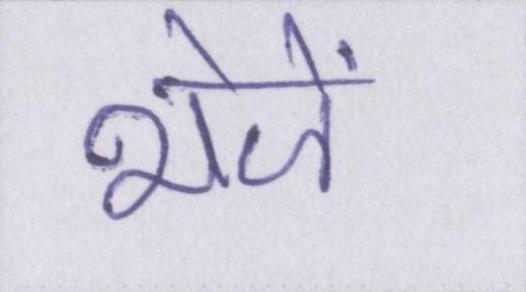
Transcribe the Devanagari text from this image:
भेजें